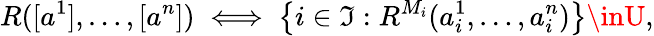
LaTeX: R([a^{1}],\dots,[a^{n}])\iff\left\{ i\in\mathfrak{I}:R^{M_{i}}(a_{i}^{1},\dots,a_{i}^{n})\right\} \inU,